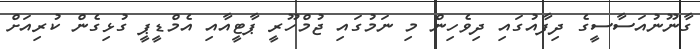
ގާނޫނުއަސާސީގެ ދިފާއުގައި ދިވެހިން މި ނަމުގައި ޖުމްހޫރީ ޕާޓީއާއި އެމްޑީޕީ ގުޅިގެން ކުރިއަށް